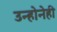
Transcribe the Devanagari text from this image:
उन्होनेही